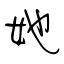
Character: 她